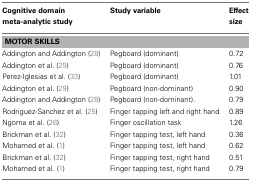
| Cognitive domain meta-analytic study | Study variable | Effect size |
 | --- | --- | --- |
 | <COLSPAN=3> MOTOR SKILLS |
 | Addington and Addington (28) | Pegboard (dominant) | 0.72 |
 | Addington et al. (29) | Pegboard (dominant) | 0.76 |
 | Perez-Iglesias et al. (33) | Pegboard (dominant) | 1.01 |
 | Addington et al. (29) | Pegboard (non-dominant) | 0.90 |
 | Addington and Addington (28) | Pegboard (non-dominant). | 0.79 |
 | Rodriguez-Sanchez et al. (25) | Finger tapping left and right hand | 0.89 |
 | Ngoma et al. (26) | Finger oscillation task | 1.26 |
 | Brickman et al. (32) | Finger tapping test, left hand | 0.36 |
 | Mohamed et al. (1) | Finger tapping test, left hand | 0.62 |
 | Brickman et al. (32) | Finger tapping test, right hand | 0.51 |
 | Mohamed et al. (1) | Finger tapping test, right hand | 0.79 |